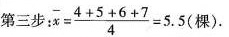
第三步：$$\ b a r { x } = \frac { 4 + 5 + 6 + 7 } { 4 } = 5 . 5$$(棵）.